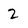
Character: 2